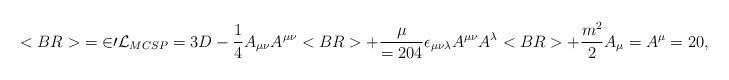
LaTeX: \begin{align*}<BR>{\cal=20L}_{MCSP}=3D-{1\over 4}A_{\mu\nu }A^{\mu\nu }<BR>+{{\mu }\over=204}\epsilon_{\mu\nu\lambda }A^{\mu\nu }A^\lambda<BR>+{{m^2}\over 2}A_\mu =A^\mu=20,~~A_{\mu \nu }=3D\partial _\mu A_\nu -\partial _\nu A_\mu=20.<BR><BR>\end{align*}